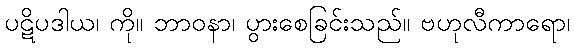
ပဋိပဒါယ၊ ကို။ ဘာဝနာ၊ ပွားစေခြင်းသည်။ ဗဟုလီကာရော၊